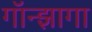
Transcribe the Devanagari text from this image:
गॉन्झागा